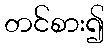
တင်စား၍